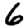
Digit: 6